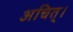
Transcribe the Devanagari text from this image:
अचित्‌।